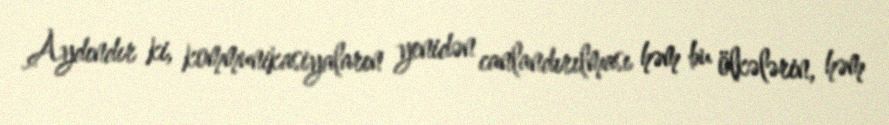
Aydındır ki, kommunikasiyaların yenidən canlandırılması həm bu ölkələrin, həm